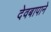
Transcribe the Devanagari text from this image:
देवबापाने